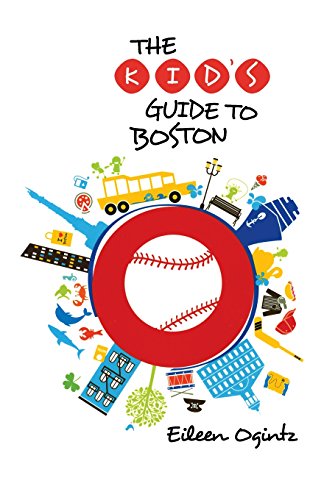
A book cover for Kid's Guide to Boston (Kid's Guides Series); Eileen Ogintz; Children's Books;